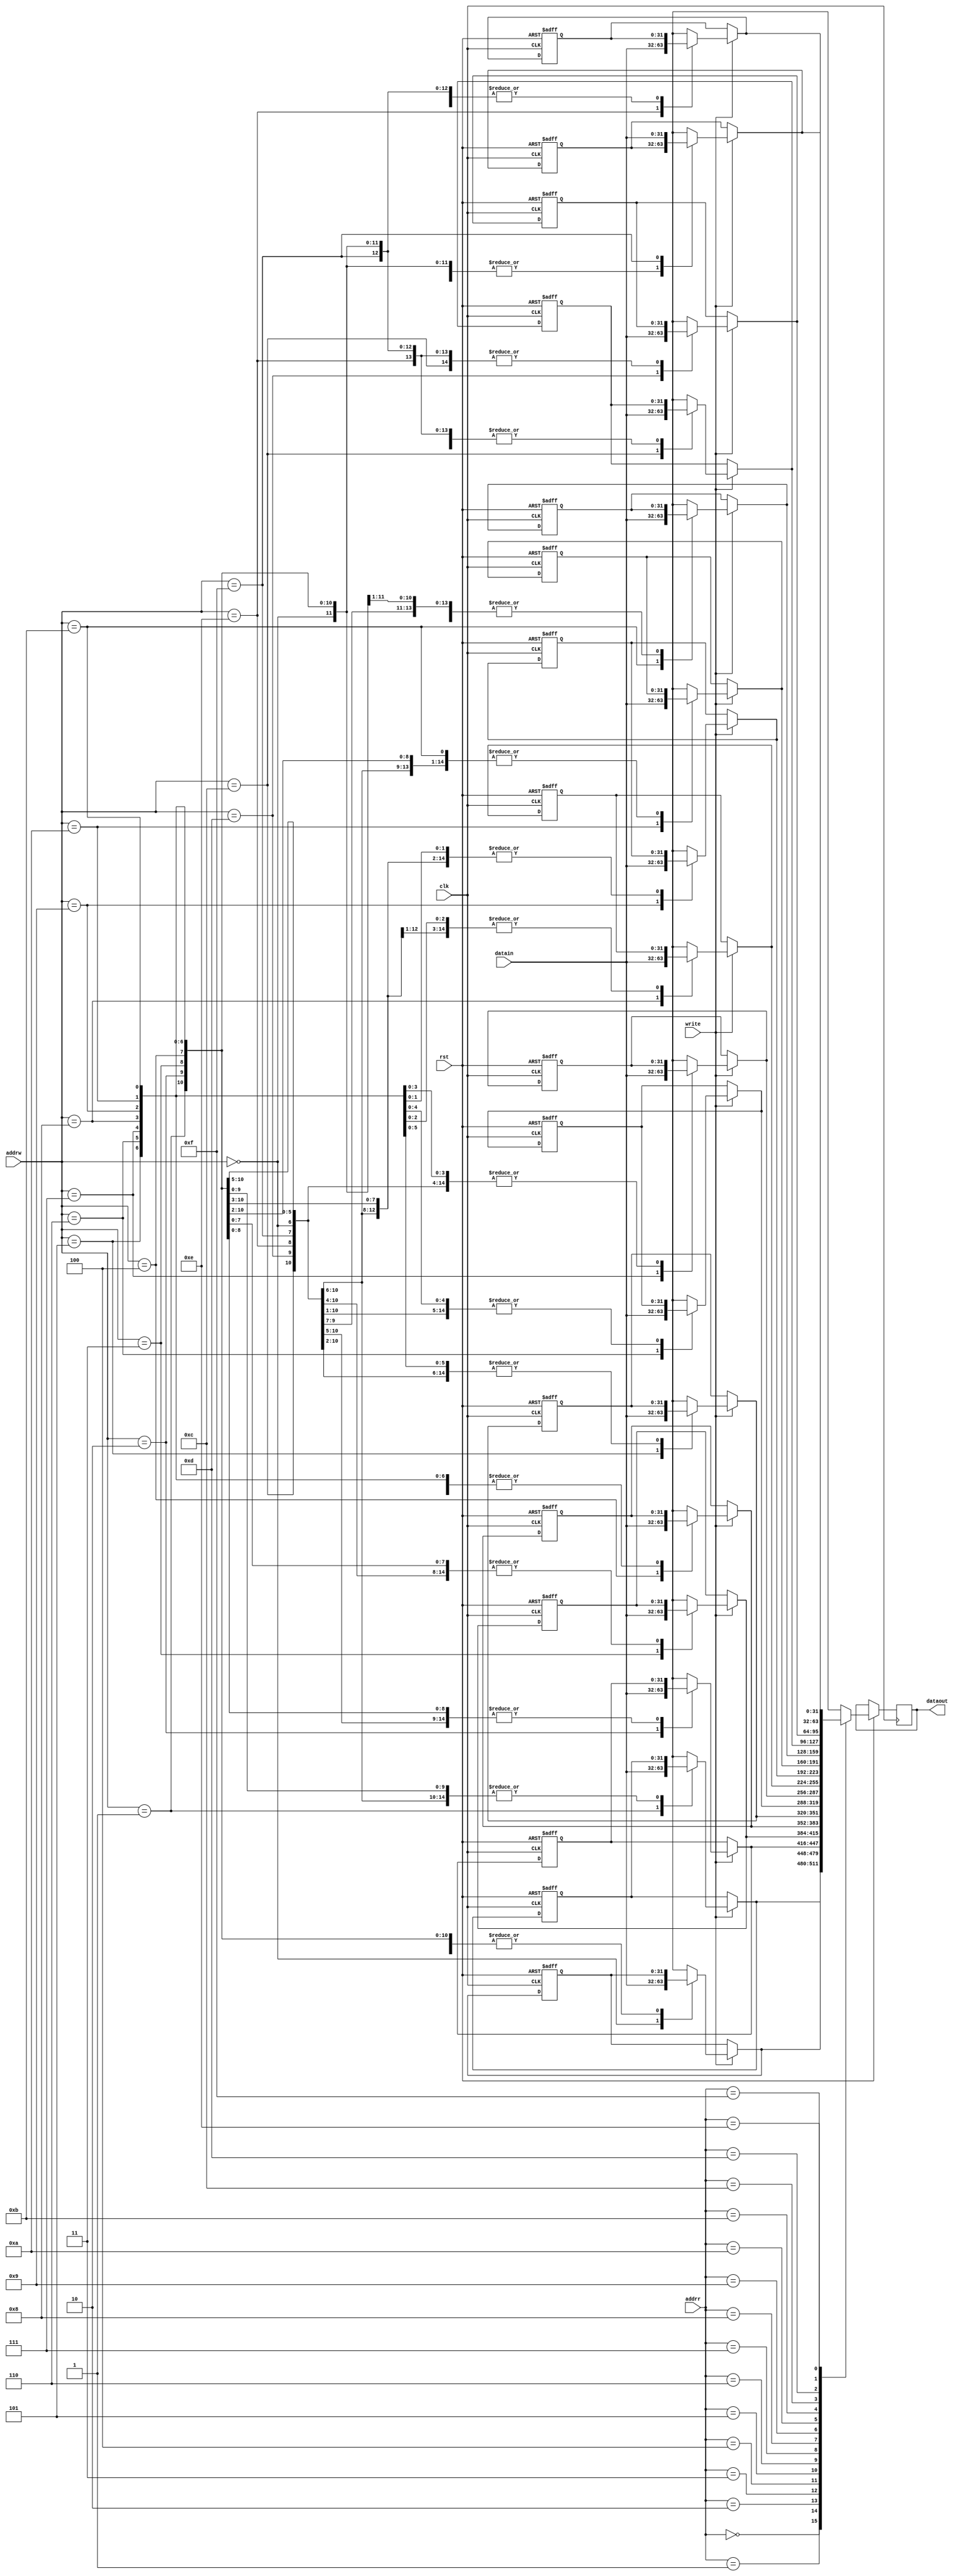
module bancoreg (addrr, addrw, write, datain, dataout,rst,clk);   // Banco de registros 16x32 con salida y entrada puramente combinacional
	input [3:0] addrr,addrw;
	input write,rst,clk;
	input [31:0] datain;
	output reg [31:0] dataout;
	reg [31:0] memo [15:0];
	//integer i;
	
	 always @(posedge clk or negedge rst)
	   begin
	     if (rst==0)
	       begin
	        // i=0;
	         //while(i<16)                              
	           //begin
	             memo[0]=32'b0;
					 memo[1]=32'b0;
					 memo[2]=32'b0;
					 memo[3]=32'b0;
					 memo[4]=32'b0;
					 memo[5]=32'b0;
					 memo[6]=32'b0;
					 memo[7]=32'b0;
					 memo[8]=32'b0;
					 memo[9]=32'b0;
					 memo[10]=32'b0;
					 memo[11]=32'b0;
					 memo[12]=32'b0;
					 memo[13]=32'b0;
					 memo[14]=32'b0;
					 memo[15]=32'b0;
	            // i=i+1;
	           //end
	       end  
	     else
	       begin 
	         if (write==1) memo[addrw]=datain[31:0];
	         dataout[31:0]=memo[addrr]; //lee a la vez que escribe, para poder ajustar al mximo la segmentacin 
	       end  
	   end
  
endmodule